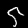
Label: 5